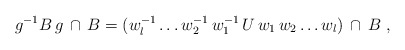
\begin{align*}g^{-1} B \, g \, \cap \, B =(w_l^{-1} \ldots w_2^{-1} \, w_1^{-1} \, U \, w_1 \, w_2 \ldots w_l)\, \cap \, B\ ,\end{align*}